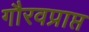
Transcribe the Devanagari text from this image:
गौरवप्राप्त